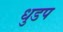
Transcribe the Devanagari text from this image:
धुडप